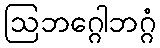
ဩဘဂ္ဂေါဘဂ္ဂံ